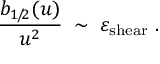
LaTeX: \frac { b _ { 1 \! / \! 2 } ( u ) } { u ^ { 2 } } \; \sim \; \varepsilon _ { \mathrm { \scriptsize { s h e a r } } } \; .